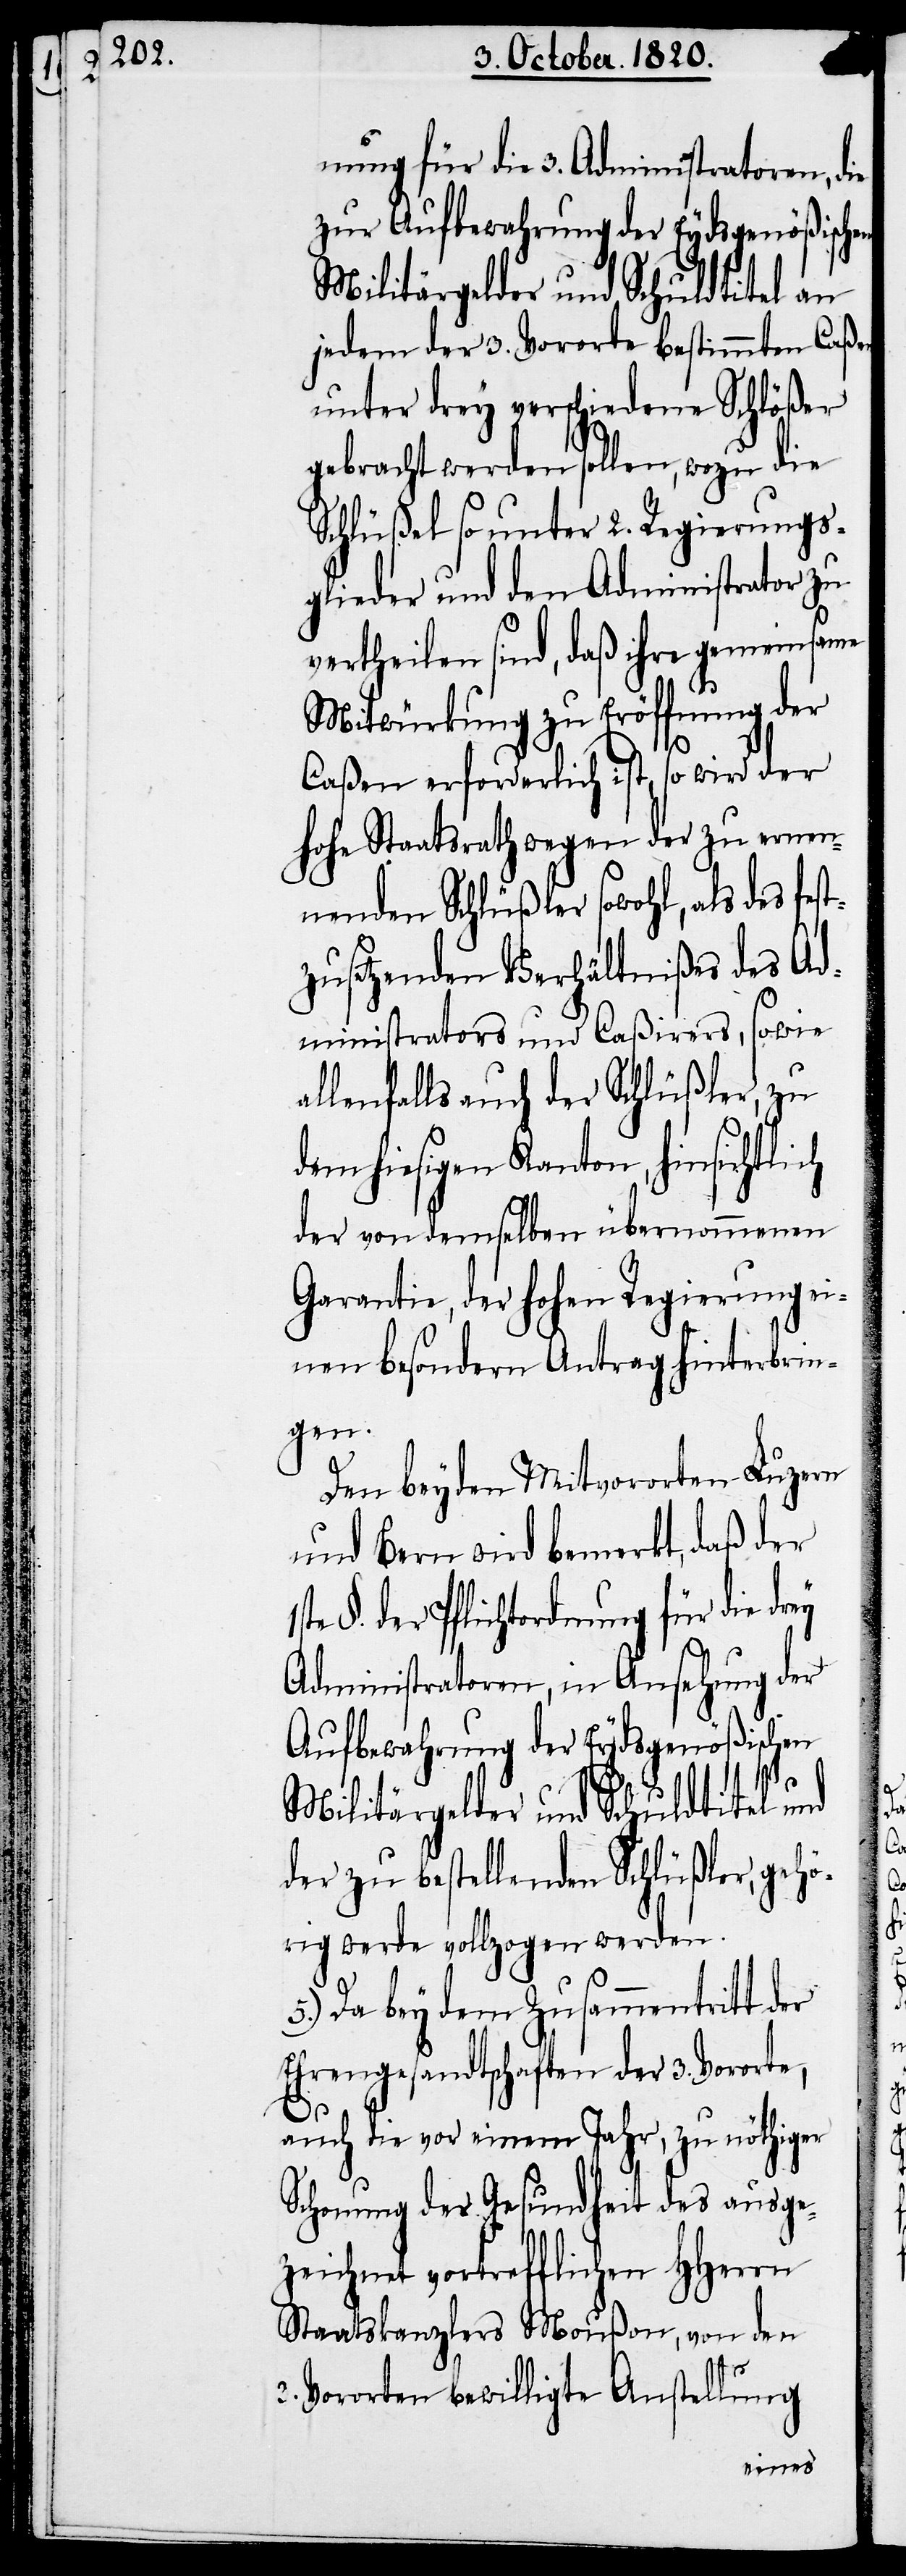
nung für die 3. Administratoren, die
zur Aufbewahrung der Eydsgenößischen
Militärgelder und Schuldtitel an
jedem der 3. Vororte bestimmten Caßen
unter drey verschiedene Schlößer
gebracht werden sollen, wozu die
Schlüßel so unter 2. Regierungs¬
glieder und den Administrator zu
vertheilen sind, daß ihre gemeinsame
Mitwürkung zu Eröffnung der
ey
Caßen erforderlich ist, so wird der
hohe Staatsrath wegen der zu ernen¬
nenden Schlüßler sowohl, als des fes¬
tzusetzenden Verhältnißes des Ad¬
ministrators und Caßirers, sowie
allenfalls auch der Schlüßler, zu
dem hiesigen Kanton, hinsichtlich
der von demselben übernommenen
Garantie, der hohen Regierung ei¬
nen besondern Antrag hinterbrin¬
gen.
Den beyden Mitvororten Luzern
und Bern wird bemerkt, daß der
der Pflichtordnung für die dr¬
Administratoren, in Ansehung der
Aufbewahrung der Eydsgenößischen
Militärgelder und Schuldtitel und
der zu bestellenden Schlüßler, gehö¬
rig werde vollzogen werden.
5.) Da bey dem Zusammentritt der
Ehrengesandtschaften der 3. Vororte,
§.
auch die vor einem Jahr, zu nöthiger
Schonung der Gesundheit des ausge¬
zeichnet vortrefflichen Hherrn
Staatskanzlers Moußon, von den
3. Vororten bewilligte Anstellung